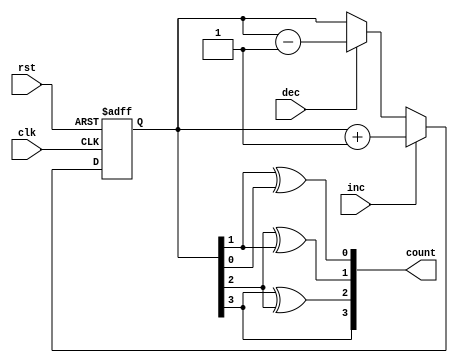
module gray_counter (
    input wire clk,
    input wire rst,
    input wire inc,
    input wire dec,
    output reg [3:0] count
);

reg [3:0] gray_code;

always @(posedge clk or posedge rst) begin
    if (rst) begin
        gray_code <= 4'b0000;
    end else begin
        if (inc) begin
            gray_code <= gray_code + 1;
        end else if (dec) begin
            gray_code <= gray_code - 1;
        end
    end
end

assign count = {gray_code[3], gray_code[3]^gray_code[2], gray_code[2]^gray_code[1], gray_code[1]^gray_code[0]};

endmodule